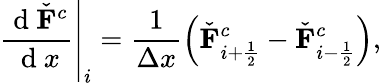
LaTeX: \left.\frac{\mathrm{~d~}\check{\mathbf{F}}^{c}}{\mathrm{~d~}x}\right|_{i}=\frac{1}{\Delta x}\left(\check{\mathbf{F}}_{i+\frac{1}{2}}^{c}-\check{\mathbf{F}}_{i-\frac{1}{2}}^{c}\right),